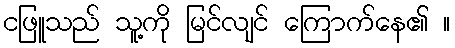
ငဖြူသည် သူ့ကို မြင်လျင် ကြောက်နေ၏ ။